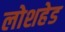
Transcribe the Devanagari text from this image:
लोशहेड